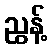
ညွန့်